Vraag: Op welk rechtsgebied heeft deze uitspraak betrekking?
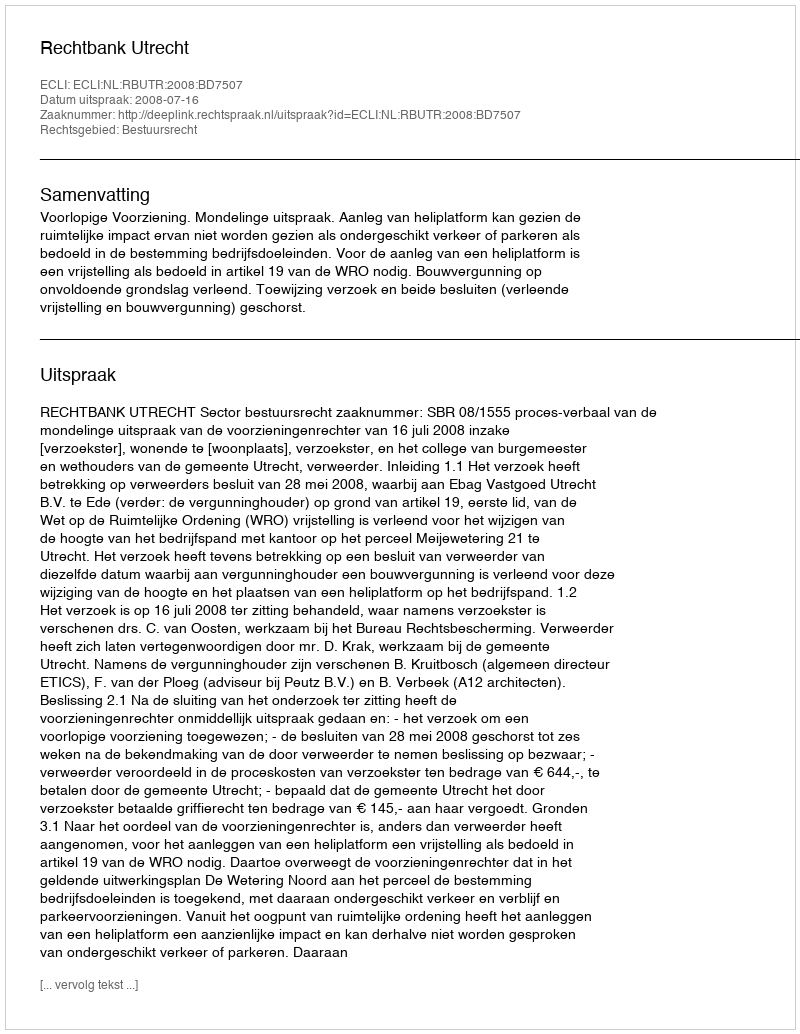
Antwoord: Bestuursrecht